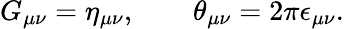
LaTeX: G_{\mu\nu}=\eta_{\mu\nu},\qquad\theta_{\mu\nu}=2\pi\epsilon_{\mu\nu}.